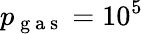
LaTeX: p_{\mathrm{~g~a~s~}}=10^{5}